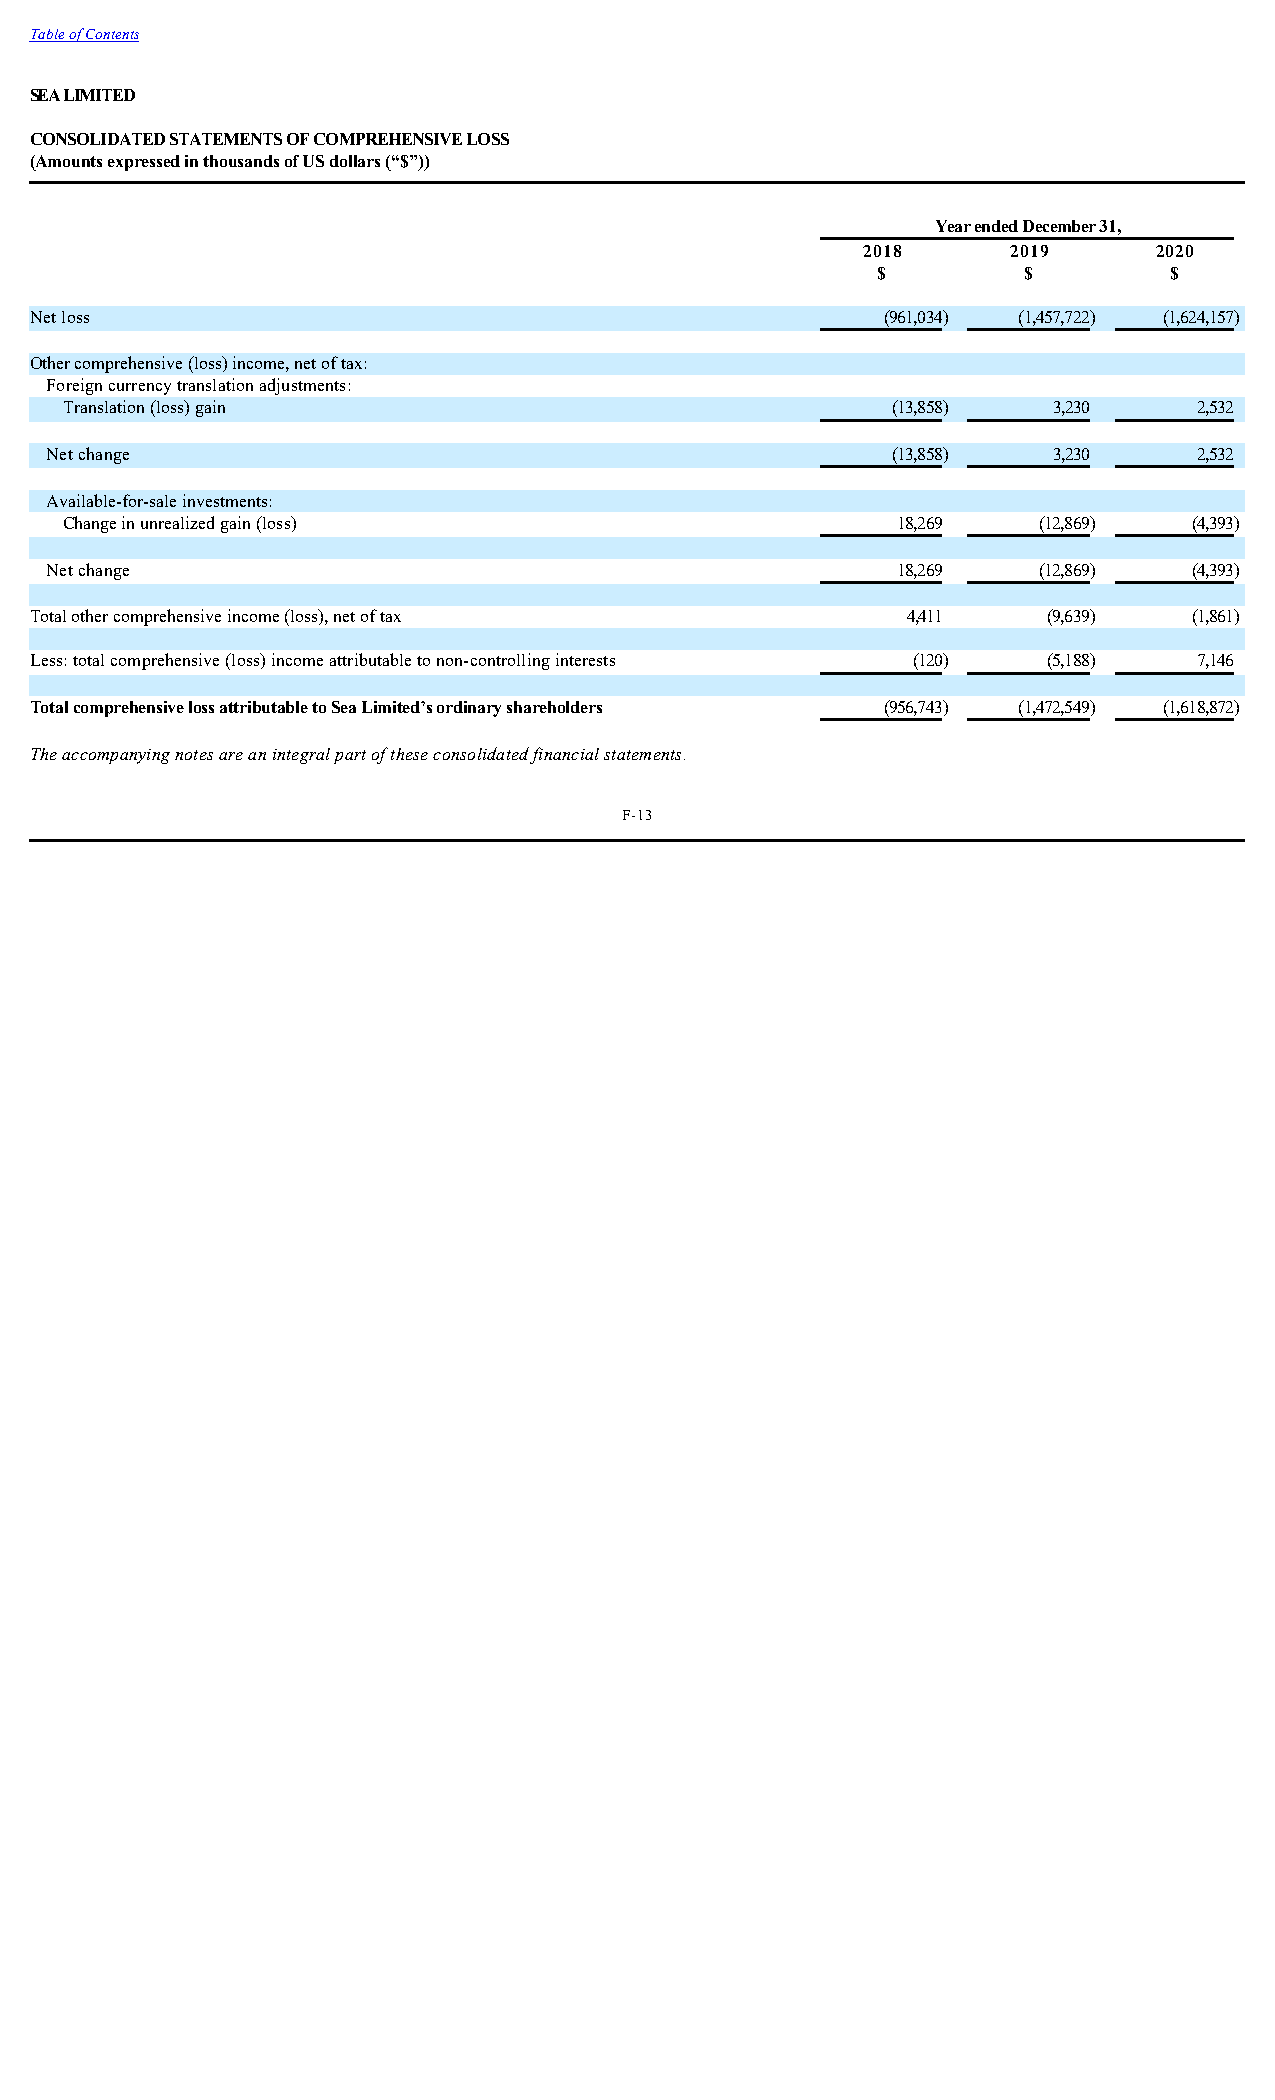
Table of Contents
 SEA LIMITED
 CONSOLIDATED STATEMENTS OF COMPREHENSIVE LOSS
 (Amounts expressed in thousands of US dollars (“$”))
 Year ended December 31,
 2018      2019      2020
 $         $        $
 Net loss                                                 (961,034) (1,457,722) (1,624,157)
 Other comprehensive (loss) income, net of tax:
 Foreign currency translation adjustments:
 Translation (loss) gain                                (13,858)   3,230    2,532
 Net change                                              (13,858)   3,230    2,532
 Available-for-sale investments:
 Change in unrealized gain (loss)                       18,269    (12,869)  (4,393)
 Net change                                              18,269    (12,869)  (4,393)
 Total other comprehensive income (loss), net of tax       4,411    (9,639)   (1,861)
 Less: total comprehensive (loss) income attributable to non-controlling interests (120) (5,188) 7,146
 Total comprehensive loss attributable to Sea Limited’s ordinary shareholders (956,743) (1,472,549) (1,618,872)
 The accompanying notes are an integral part of these consolidated financial statements.
 F-13